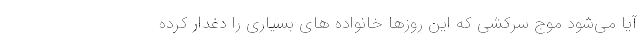
آیا می‌شود موج‌ سرکشی که این روزها خانواده های بسیاری را دغدار کرده